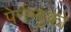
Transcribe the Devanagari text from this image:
पेर्नम्बुको